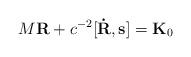
LaTeX: \begin{align*}M{\bf R} + c^{-2}[{\bf\dot R},{\bf s}] = {\bf K}_0\end{align*}